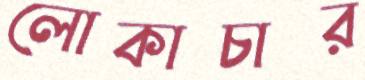
লোকাচার